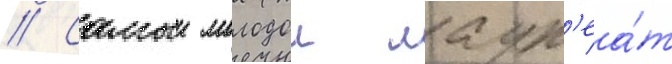
// Самыи молодои лаур'еа́т